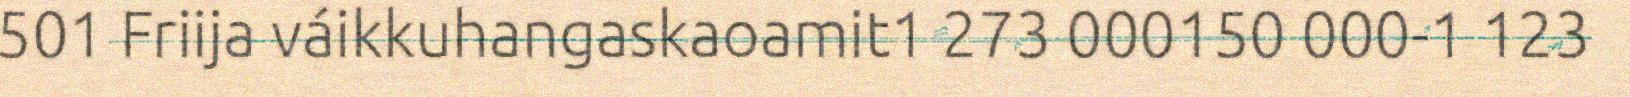
501 Friija váikkuhangaskaoamit1 273 000150 000-1 123